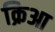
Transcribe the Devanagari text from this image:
क्रिआ